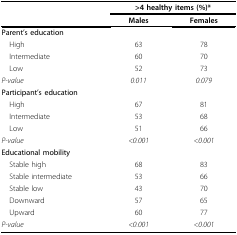
<table><thead><tr><td>[EMPTY_CELL]</td><td colspan="2"><b>&gt;4 healthy items (%)*</b></td></tr><tr><td>[EMPTY_CELL]</td><td><b>Males</b></td><td><b>Females</b></td></tr></thead><tbody><tr><td><b>Parent's education</b></td><td>[EMPTY_CELL]</td><td>[EMPTY_CELL]</td></tr><tr><td> High</td><td>63</td><td>78</td></tr><tr><td> Intermediate</td><td>60</td><td>70</td></tr><tr><td> Low</td><td>52</td><td>73</td></tr><tr><td><i>P-value</i></td><td><i>0.011</i></td><td><i>0.079</i></td></tr><tr><td><b>Participant's education</b></td><td>[EMPTY_CELL]</td><td>[EMPTY_CELL]</td></tr><tr><td> High</td><td>67</td><td>81</td></tr><tr><td> Intermediate</td><td>53</td><td>68</td></tr><tr><td> Low</td><td>51</td><td>66</td></tr><tr><td><i>P-value</i></td><td><i>&lt;0.001</i></td><td><i>&lt;0.001</i></td></tr><tr><td><b>Educational mobility</b></td><td>[EMPTY_CELL]</td><td>[EMPTY_CELL]</td></tr><tr><td> Stable high</td><td>68</td><td>83</td></tr><tr><td> Stable intermediate</td><td>53</td><td>66</td></tr><tr><td> Stable low</td><td>43</td><td>70</td></tr><tr><td> Downward</td><td>57</td><td>65</td></tr><tr><td> Upward</td><td>60</td><td>77</td></tr><tr><td><i>P-value</i></td><td><i>&lt;0.001</i></td><td><i>&lt;0.001</i></td></tr></tbody></table>